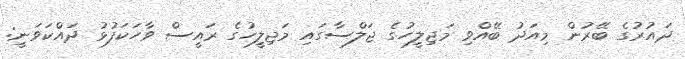
ދައުރުގެ ބޭރުން މިއަދު ބޭއްވި މަޖިލީހުގެ ޖަލްސާގައި މަޖިލީިހުގެ ރައީސް ވާހަކަފުޅު ދައްކަވަނީ: